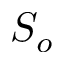
S _ { o }